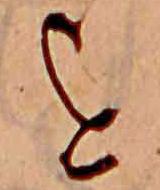
を